Insane asylums in Bengal annual reports 1867-1875 - 1867-1875
Year: 1867
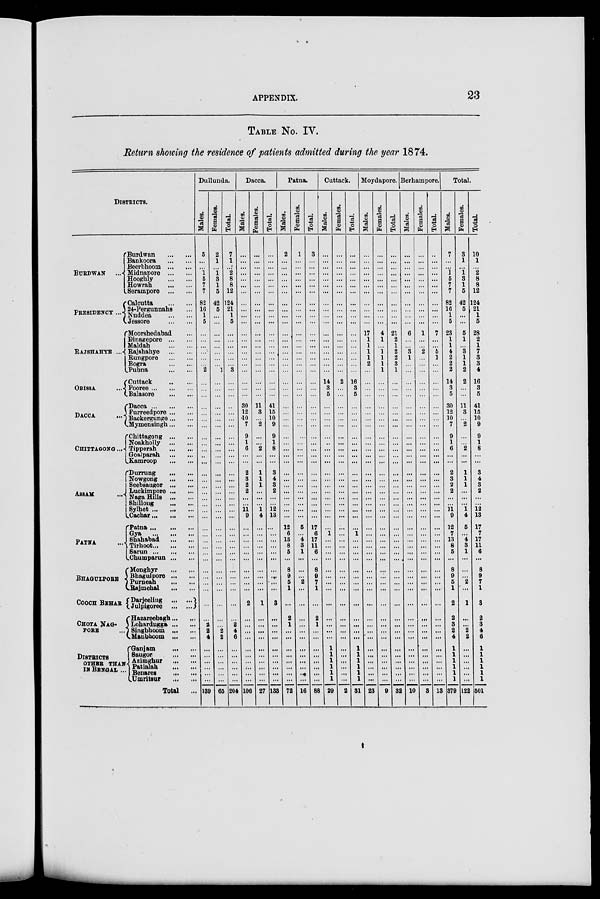
APPENDIX.
23
TABLE No. IV.
Return showing the residence of patients admitted during the year 1874.
DISTRICTS.
BURDWAN
...
PRESIDENCY ...
RAJSHAHYE
ORISSA
...
DACCA ...
CHITTAGONG...
ASSAM
...
PATNA ...
BHAGULPORE
COOCH BEHAR
CHOTA NAG¬
PORE
DISTRICTS
OTHER THAN
IN BENGAL ...
Burdwan
...
...
Bankoora
...
...
Beerbhoom ... ...
Midnapore ... ...
Hooghly
...
...
Howrah
...
...
Serampore
... ...
Calcutta
...
...
24-Pergunnahs ...
Nuddea
...
...
Jessore
...
...
Moorshedabad ...
Dinagepore ... ...
Maldah
...
...
Rajshahye ... ...
Rungpore
...
...
Bogra
...
...
Pubna
...
...
Cuttack ... ...
Pooree
...
...
Balasore
...
...
Dacca
...
...
Furreedpore ... ...
Backergunge
...
Mymensingh
...
Chittagong ... ...
Noakholly ... ...
Tipperah
...
...
Goalparah ... ...
Kamroop
...
...
Durrung
...
...
Nowgong
... ...
Seebsaugor ... ...
Luckimpore ... ...
Naga Hills ... ...
Shillong
...
...
Sylhet ... ... ...
Cachar ... ... ...
Patna ... ... ...
Gya
...
...
...
Sahabad
...
...
Tirhoot ... ... ...
Sarun ... ... ...
Chumparun ... ...
Monghyr ... ...
Bhagulpore ... ...
Purneah
...
...
Rajmehal
...
...
Darjeeling
...
...
Julpigoree
...
...
Hazareebagh
...
Lohardugga ... ...
Singbhoom ... ...
Manbhoom...
...
Ganjam ... ...
Saugor
...
...
Azimghur
...
...
Patialah
...
...
Benares
...
...
Umritsur
...
...
Total ...
Dullunda.
Males.
5
...
...
1
5
7
7
82
16
1
5
...
...
...
...
...
...
2
...
...
...
...
...
...
...
...
...
...
...
...
...
...
...
...
...
...
...
...
...
...
...
...
...
...
...
...
...
...
...
...
2 2
4
...
...
...
...
...
...
139
Females.
2
1
...
1
3
1
5
42
5
...
...
...
...
...
...
...
...
1
...
...
...
...
...
...
...
...
...
...
...
...
...
...
...
...
...
...
...
...
...
...
...
...
...
...
...
...
...
...
...
...
...
2
2
...
... ...
...
...
...
65
Total.
7
1
...
2
8
8
12
124
21
1
5
...
...
...
...
...
...
3
...
...
...
...
...
...
...
...
...
...
...
...
...
...
...
...
...
...
...
...
...
...
...
...
...
...
...
...
...
...
...
...
2
4
6
...
...
...
...
...
...
204
Dacca.
Males.
...
...
...
...
...
...
...
...
...
...
...
...
...
...
...
...
...
...
...
...
...
30
12
.10
7
9
1
6
...
...
2
3
2
2
...
...
11
9
...
...
...
...
...
...
...
...
...
...
2
...
...
...
...
...
...
...
...
...
...
106
Females.
...
...
...
...
...
...
...
...
...
...
...
...
...
...
...
...
...
...
...
...
...
11
3
...
2
...
...
2
...
...
1
1
1
...
...
...
1
4
...
...
...
...
...
...
...
...
...
...
1
...
...
...
...
...
...
...
...
...
...
27
Total.
...
...
...
...
...
...
...
...
...
...
...
...
...
...
...
...
...
...
...
...
...
41
15
10
9
9
1
8
...
...
3
4
3
2
...
...
12
13
...
...
...
...
...
...
...
...
...
...
3
...
...
...
...
...
...
...
...
...
...
133
Patna.
Males.
2
...
...
...
...
...
...
...
...
...
...
...
...
...
...
...
...
...
...
...
...
...
...
...
...
...
...
...
...
...
...
...
...
...
...
...
...
...
12
6
13
8
5
...
8
9
5
1
...
2
1
...
...
...
...
...
...
...
...
72
Females.
1
...
...
...
...
...
...
...
...
...
...
...
...
...
...
...
...
...
...
...
...
...
...
...
...
...
...
...
...
...
...
...
...
...
...
...
...
...
5
...
4
3
1
...
...
...
2
...
...
...
...
...
...
...
...
...
...
...
...
16
Total.
3
...
...
...
...
...
...
...
...
...
...
...
...
...
...
...
...
...
...
...
...
...
...
...
...
...
...
...
...
...
...
...
...
...
...
...
...
...
17
6
17
11
6
...
8
9
7
1
...
2
1
...
...
...
...
...
...
...
...
88
Cuttack.
Males.
...
...
...
...
...
...
...
...
...
...
...
...
...
...
...
...
...
...
14
3
5
...
...
...
...
...
...
...
...
...
...
...
...
...
...
...
...
...
...
1 ...
...
...
...
...
...
...
...
...
...
...
...
...
1
1
1
1
1
1
29
Females.
...
...
...
...
...
...
...
...
...
...
...
...
...
...
...
...
...
...
2
...
...
...
...
...
...
...
...
...
...
...
...
...
...
...
...
...
...
...
...
...
...
...
...
...
...
...
...
...
...
...
...
...
...
...
...
...
...
...
...
2
Total.
...
...
...
...
...
...
...
...
...
...
...
...
...
...
...
...
...
...
16
3
5
...
...
...
...
...
...
...
...
...
...
...
...
...
...
...
...
...
...
1
...
...
...
...
...
...
...
...
...
...
...
...
...
1
1
1
1
1
1
31
Moydapore.
Males.
...
...
...
...
...
...
...
...
...
...
...
17
1
1
1
1
2
...
...
...
...
...
...
...
...
...
...
...
...
...
..
...
...
...
...
...
...
...
...
...
...
...
...
...
...
...
...
...
...
...
...
...
...
...
...
...
...
...
...
23
Females.
...
...
...
...
...
...
...
...
...
...
...
4
1
...
1
1
1
1
...
...
...
...
...
...
...
...
...
...
...
...
...
...
...
...
...
...
...
...
...
...
...
...
...
...
...
...
...
...
...
...
...
...
...
...
...
...
...
...
...
9
Total.
...
...
...
...
...
...
...
...
...
...
...
21
2
1
2
2
3
1
...
...
...
...
...
...
...
...
...
...
...
...
...
...
...
...
...
...
...
...
...
...
...
...
...
...
...
...
...
...
...
...
...
...
...
...
...
...
...
...
...
32
Berhampore.
Males.
...
...
...
...
...
...
...
...
...
...
...
6
...
...
3
1
...
...
...
...
...
...
...
...
...
...
...
...
...
...
...
...
...
...
...
...
...
...
...
...
...
...
...
...
...
...
...
...
...
...
...
...
...
...
...
...
...
...
...
10
Females.
...
...
...
...
...
...
...
...
...
...
...
1
...
...
2
...
...
...
...
...
...
...
...
...
...
...
...
...
...
...
...
...
...
...
...
...
...
...
...
...
...
...
...
...
...
...
...
...
...
...
...
...
...
...
...
...
...
...
...
3
Total.
...
...
...
...
...
...
...
...
...
...
...
7
...
...
5
1
...
...
...
...
...
...
...
...
...
...
...
...
...
...
...
...
...
...
...
...
...
...
...
...
...
...
...
...
...
...
...
...
...
...
...
...
...
...
...
...
...
...
...
13
Total.
Males.
7
...
...
1
5
7
7
82
16
1
5
23
1
1
4
2
2
2
14
3
5
30
12
10
7
9
1
6
...
...
2
3
2
2
...
...
11
9
12
7
13
8
5
...
8
9
5
1
2
2
3
2
4
1
1
1
1
1
1
379
Females.
3
1
...
1
3
1
5
42
5
...
...
5
1
...
3
1
1
2
2
...
...
11
3
...
2
...
...
2
...
...
1
1
1
...
...
...
1
4
5
...
4
3
1
...
...
...
2
...
1
...
...
2
2
...
...
...
...
...
...
122
Total.
10
1
...
2
8
8
12
124
21
1
5
28
2
1
7
3
3
4
16
3
5
41
15
10
9
9
1
8
...
...
3
4
3
2
...
...
12
13
17
7
17
11
6
...
8
9
7
1
3
2
3
4
6
1
1
1
1
1
1
501
i